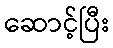
ဆောင့်ပြီး